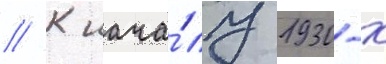
// К нача́лу 1930-х